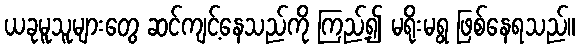
ယခုမူသူများတွေ ဆင်ကျင့်နေသည်ကို ကြည့်၍ မရိုးမရွ ဖြစ်နေရသည်။